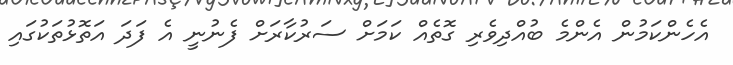
އެހެންކަމުން އެންމެ ބުއްދިވެރި ގޮތެއް ކަމަށް ސަރުކާރަށް ފެނުނީ އެ ފަދަ އަތޮޅުތަކުގައި